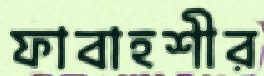
ফাবাহশীর